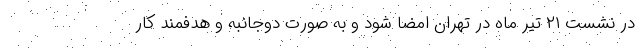
در نشست ۲۱ تیر ماه در تهران امضا شود و به صورت دوجانبه و هدفمند کار